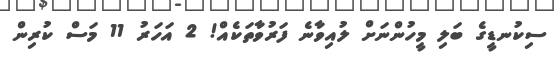
ސިކުނޑީގެ ބަލި މީހުންނަށް ލުއިވާނެ ފަރުވާތަކެއް! 2 އަހަރު 11 މަސް ކުރިން